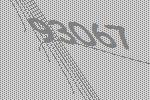
93067